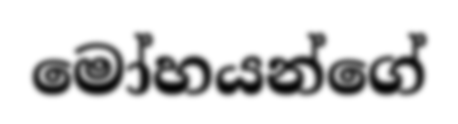
මෝහයන්ගේ